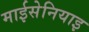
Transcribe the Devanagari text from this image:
माईसेनियाइ